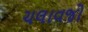
ચલાવજો